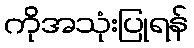
ကိုအသုံးပြုရန်